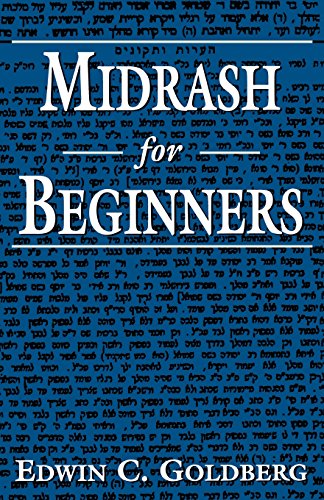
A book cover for Midrash for Beginners; Edwin C. Goldberg; Religion & Spirituality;